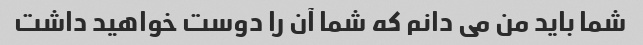
شما باید من می دانم که شما آن را دوست خواهید داشت